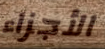
الأجزاء